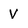
Character: V